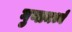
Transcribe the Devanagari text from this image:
गुणामध्ये